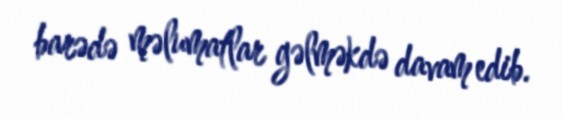
barədə məlumatlar gəlməkdə davam edib.